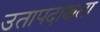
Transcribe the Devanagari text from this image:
उतापदाक्कता